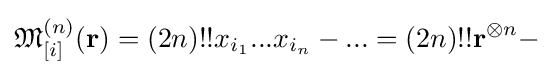
{\mathfrak {M}}_{[i]}^{(n)}(\mathbf {r} )=(2n)!!x_{i_{1}}...x_{i_{n}}-...=(2n)!!\mathbf {r} ^{\otimes n}-